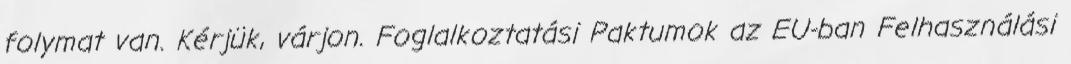
folymat van. Kérjük, várjon. Foglalkoztatási Paktumok az EU-ban Felhasználási